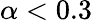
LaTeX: \alpha<0.3